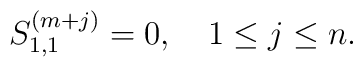
S^{(m+j)}_{1,1} =0, \quad 1\le j\le n.